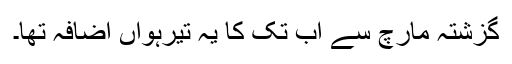
گزشتہ مارچ سے اب تک کا یہ تیرہواں اضافہ تھا۔